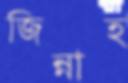
জিন্নাহ